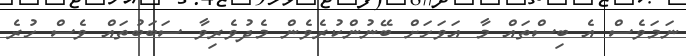
ނަމަވެސް އެ ބިސްތައް މާ އަވަހަށް ބޭނުންކުރެވެން މެދުވެރިވާ ސަބަބުތައް ވެސް ހުރެ